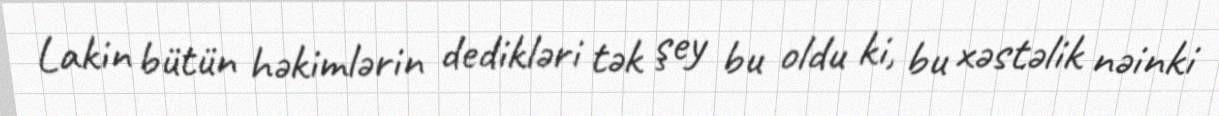
Lakin bütün həkimlərin dedikləri tək şey bu oldu ki, bu xəstəlik nəinki